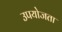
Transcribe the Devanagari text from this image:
उपयोजता